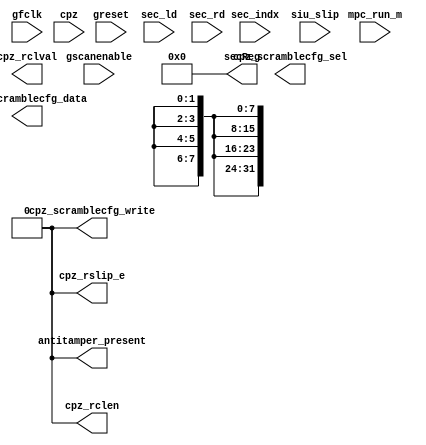
// mvp Version 2.24
// cmd line +define: MIPS_SIMULATION
// cmd line +define: MIPS_VMC_DUAL_INST
// cmd line +define: MIPS_VMC_INST
// cmd line +define: M14K_NO_ERROR_GEN
// cmd line +define: M14K_NO_SHADOW_CACHE_CHECK
// cmd line +define: M14K_TRACER_NO_FDCTRACE

module m14k_cpz_antitamper_stub(
	gfclk,
	greset,
	gscanenable,
	mpc_run_m,
	sec_ld,
	sec_rd,
	sec_indx,
	cpz,
	siu_slip,
	secReg,
	cpz_rslip_e,
	cpz_rclen,
	cpz_rclval,
	cpz_scramblecfg_write,
	cpz_scramblecfg_sel,
	cpz_scramblecfg_data,
	antitamper_present);

	input gfclk;
	input greset;
	input gscanenable;
	input mpc_run_m;
	input sec_ld;
	input sec_rd;
	input [2:0] sec_indx;
	input [31:0] cpz;
	input siu_slip;
	output [31:0] secReg;
	output cpz_rslip_e;
	output cpz_rclen;
	output [1:0] cpz_rclval;
	output cpz_scramblecfg_write;
	output [7:0] cpz_scramblecfg_sel;
	output [31:0] cpz_scramblecfg_data;
	output antitamper_present;

// BEGIN Wire declarations made by MVP
wire [31:0] /*[31:0]*/ secReg;
wire [1:0] /*[1:0]*/ cpz_rclval;
wire [7:0] /*[7:0]*/ cpz_scramblecfg_sel;
wire cpz_rclen;
wire cpz_scramblecfg_write;
wire antitamper_present;
wire [31:0] /*[31:0]*/ cpz_scramblecfg_data;
wire cpz_rslip_e;
// END Wire declarations made by MVP


	assign secReg [31:0] = 32'b0;
	assign cpz_rslip_e = 1'b0;
	assign cpz_rclen = 1'b0;
	assign cpz_rclval [1:0] = 2'bx;
	assign cpz_scramblecfg_write = 1'b0;
	assign cpz_scramblecfg_sel [7:0] = 8'bx;
	assign cpz_scramblecfg_data [31:0] = 32'bx;
	assign antitamper_present = 1'b0;

endmodule